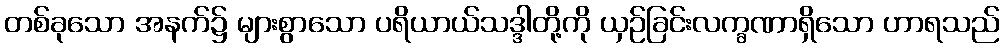
တစ်ခုသော အနက်၌ များစွာသော ပရိယာယ်သဒ္ဒါတို့ကို ယှဉ်ခြင်းလက္ခဏာရှိသော ဟာရသည်